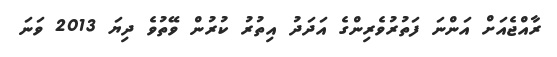
ރާއްޖެއަށް އަންނަ ފަތުރުވެރިންގެ އަދަދު އިތުރު ކުރުން ވޭތުވެ ދިޔަ 2013 ވަނަ